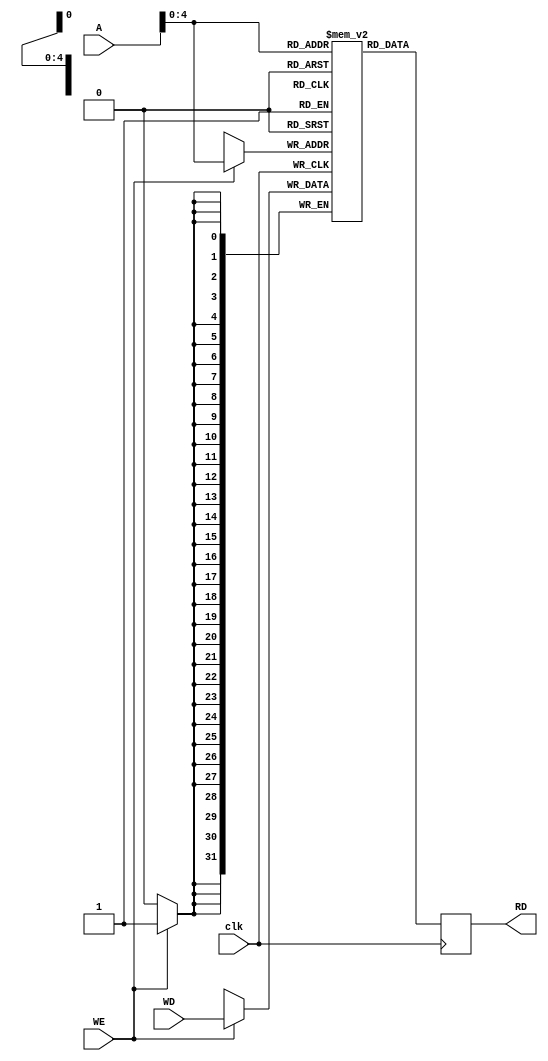
module dataMemory(
    input  wire clk,          
    input  wire  [31:0] A,    
    input  wire  [31:0] WD,  
    input  wire WE, 
    output reg   [31:0] RD 
);

reg [31:0] mem [0:31]; 
integer i;
initial begin
    for (i = 0; i < 32; i = i + 1) begin
        mem[i] = i;
    end
end

always @(posedge clk) begin
    if (WE) begin
        mem[A] <= WD; // Bellee yazma
    end
    RD <= mem[A]; // Bellekten okuma
end

endmodule